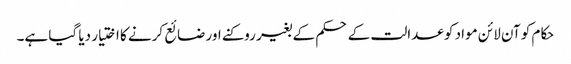
حکام کو آن لائن مواد کو عدالت کے حکم کے بغیر روکنے اور ضائع کرنے کا اختیار دیا گیا ہے۔